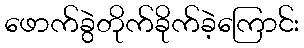
ဖောက်ခွဲတိုက်ခိုက်ခဲ့ကြောင်း